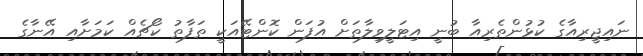
ނައިޖީރިއާގެ ކުޅުންތެރިއާ ބުނީ އިޓަލީވިލާތަށް އުފަން ކޮންޓޭއަކީ ތަފާތު ކޯޗެއް ކަމަށާއި އޭނާގެ